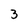
Character: 3